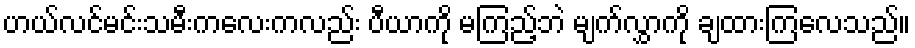
ဟယ်လင်မင်းသမီးကလေးကလည်း ပီယာကို မကြည့်ဘဲ မျက်လွှာကို ချထားကြလေသည်။